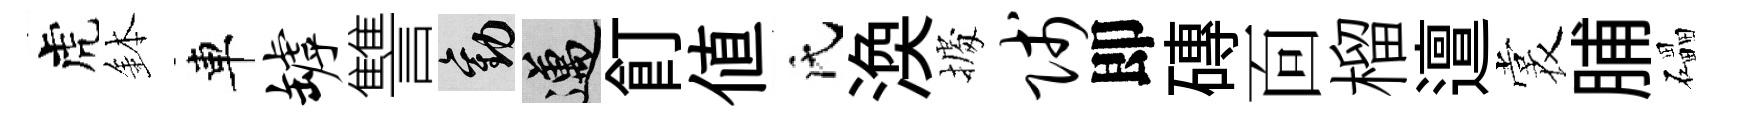
虎鉢車罅讐勸邁飣値氏渙𢴃贱即磚靣榴邅裳脯礧